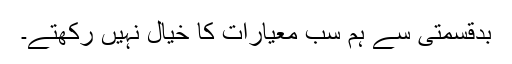
بدقسمتی سے ہم سب معیارات کا خیال نہیں رکھتے۔